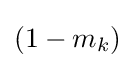
{\textstyle \left(1-m_{k}\right)}